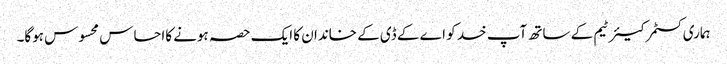
ہماری کسٹمر کیئر ٹیم کے ساتھ آپ خد کو اے کے ڈی کے خاندان کا ایک حصہ ہونے کااحساس محسوس ہوگا۔